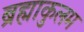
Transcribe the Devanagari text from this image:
ब्रह्माकुलम